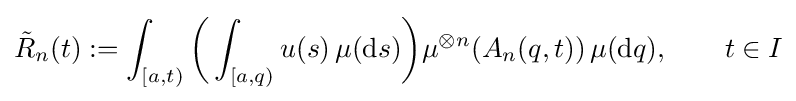
{\tilde {R}}_{n}(t):=\int _{[a,t)}{\biggl (}\int _{[a,q)}u(s)\,\mu (\mathrm {d} s){\biggr )}\mu ^{\otimes n}(A_{n}(q,t))\,\mu (\mathrm {d} q),\qquad t\in I